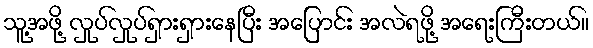
သူ့အဖို့ လှုပ်လှုပ်ရှားရှားနေပြီး အပြောင်း အလဲရဖို့ အရေးကြီးတယ်။